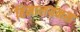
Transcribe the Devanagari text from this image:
हिमालयनस